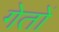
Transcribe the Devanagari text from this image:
गेतों